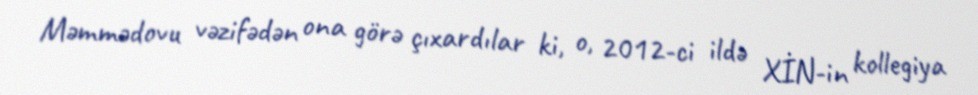
Məmmədovu vəzifədən ona görə çıxardılar ki, o, 2012-ci ildə XİN-in kollegiya